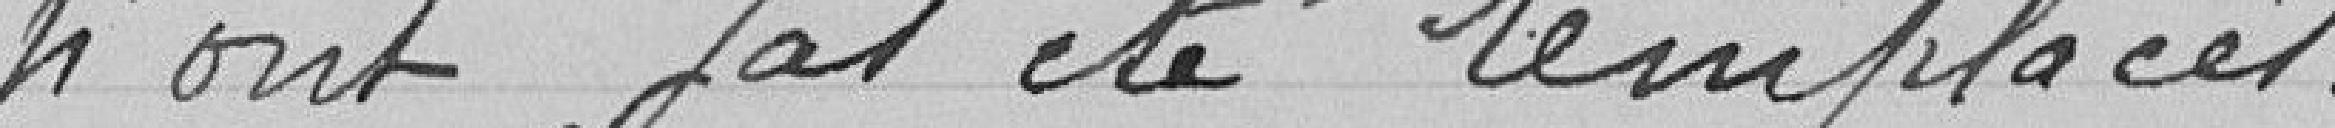
n'ont pas été remplacés.